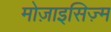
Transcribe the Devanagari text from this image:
मोज़ाइसिज़्म